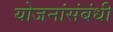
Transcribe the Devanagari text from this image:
योजनांसंबंधी